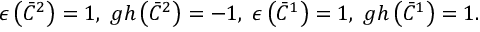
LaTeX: \epsilon \left( \bar { C } ^ { 2 } \right) = 1 , \; g h \left( \bar { C } ^ { 2 } \right) = - 1 , \; \epsilon \left( \bar { C } ^ { 1 } \right) = 1 , \; g h \left( \bar { C } ^ { 1 } \right) = 1 .